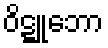
ဝိဋ္ဋူဘော